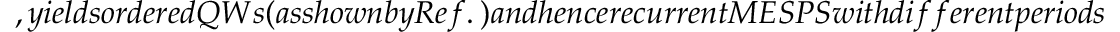
, y i e l d s o r d e r e d Q W s ( a s s h o w n b y R e f . ~ ) a n d h e n c e r e c u r r e n t M E S P S w i t h d i f f e r e n t p e r i o d s . F o r i n s t a n c e , t h e s i n g l e c o i n e v o l u t i o n s e q u e n c e